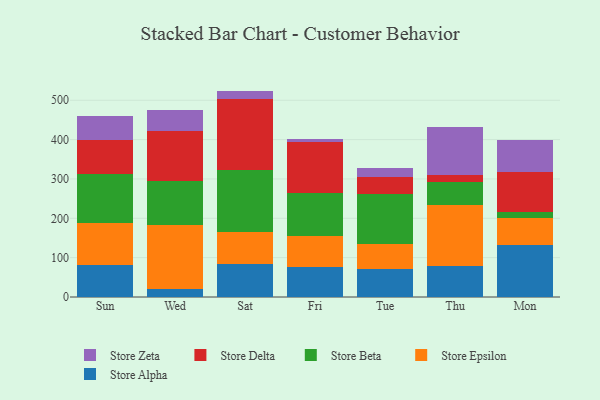
{"axis": {"x": "Day", "y": "Population (Million)"}, "legend": ["Store Alpha", "Store Beta", "Store Delta", "Store Epsilon", "Store Zeta"], "data": [{"x": "Sun", "y": 80.5, "type": "Store Alpha"}, {"x": "Sun", "y": 108.2, "type": "Store Epsilon"}, {"x": "Sun", "y": 123.7, "type": "Store Beta"}, {"x": "Sun", "y": 86.2, "type": "Store Delta"}, {"x": "Sun", "y": 60.2, "type": "Store Zeta"}, {"x": "Wed", "y": 19.6, "type": "Store Alpha"}, {"x": "Wed", "y": 164.6, "type": "Store Epsilon"}, {"x": "Wed", "y": 111.0, "type": "Store Beta"}, {"x": "Wed", "y": 127.4, "type": "Store Delta"}, {"x": "Wed", "y": 53.3, "type": "Store Zeta"}, {"x": "Sat", "y": 84.4, "type": "Store Alpha"}, {"x": "Sat", "y": 80.8, "type": "Store Epsilon"}, {"x": "Sat", "y": 158.6, "type": "Store Beta"}, {"x": "Sat", "y": 178.9, "type": "Store Delta"}, {"x": "Sat", "y": 21.2, "type": "Store Zeta"}, {"x": "Fri", "y": 76.9, "type": "Store Alpha"}, {"x": "Fri", "y": 78.1, "type": "Store Epsilon"}, {"x": "Fri", "y": 109.0, "type": "Store Beta"}, {"x": "Fri", "y": 129.9, "type": "Store Delta"}, {"x": "Fri", "y": 8.1, "type": "Store Zeta"}, {"x": "Tue", "y": 71.9, "type": "Store Alpha"}, {"x": "Tue", "y": 64.0, "type": "Store Epsilon"}, {"x": "Tue", "y": 127.0, "type": "Store Beta"}, {"x": "Tue", "y": 42.5, "type": "Store Delta"}, {"x": "Tue", "y": 22.5, "type": "Store Zeta"}, {"x": "Thu", "y": 78.8, "type": "Store Alpha"}, {"x": "Thu", "y": 155.6, "type": "Store Epsilon"}, {"x": "Thu", "y": 59.1, "type": "Store Beta"}, {"x": "Thu", "y": 16.1, "type": "Store Delta"}, {"x": "Thu", "y": 122.2, "type": "Store Zeta"}, {"x": "Mon", "y": 133.3, "type": "Store Alpha"}, {"x": "Mon", "y": 67.0, "type": "Store Epsilon"}, {"x": "Mon", "y": 14.7, "type": "Store Beta"}, {"x": "Mon", "y": 103.7, "type": "Store Delta"}, {"x": "Mon", "y": 79.1, "type": "Store Zeta"}]}